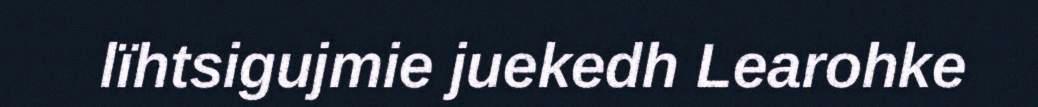
lïhtsigujmie juekedh Learohke